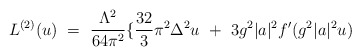
\begin{align*}L^{(2)}(u) \ = \ \frac{ \Lambda^2}{64 \pi^2} \{\frac{32}{3} \pi^2 \Delta^2 u \ + \ 3 g^2|a|^2 f' ( g^2|a|^2 u)\end{align*}